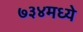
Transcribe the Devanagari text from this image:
७३४मध्ये